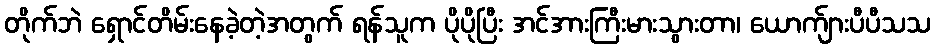
တိုက်ဘဲ ရှောင်တိမ်းနေခဲ့တဲ့အတွက် ရန်သူက ပိုပိုပြီး အင်အားကြီးမားသွားတာ၊ ယောက်ျားပီပီသသ